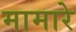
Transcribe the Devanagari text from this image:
मामारे